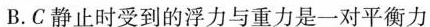
B.C静止时受到的浮力与重力是一对平衡力